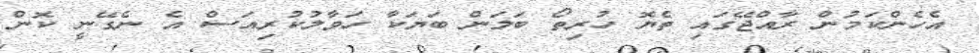
އެހެންކަމުން ރާއްޖޭގައި ތެޔޮ ހުރިތޯ ބަލަން ބަޔަކާ ހަވާލުކުރިއަސް އެ ނެގޭނީ ކޮން